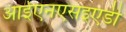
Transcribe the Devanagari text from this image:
आईएनएसइएडी